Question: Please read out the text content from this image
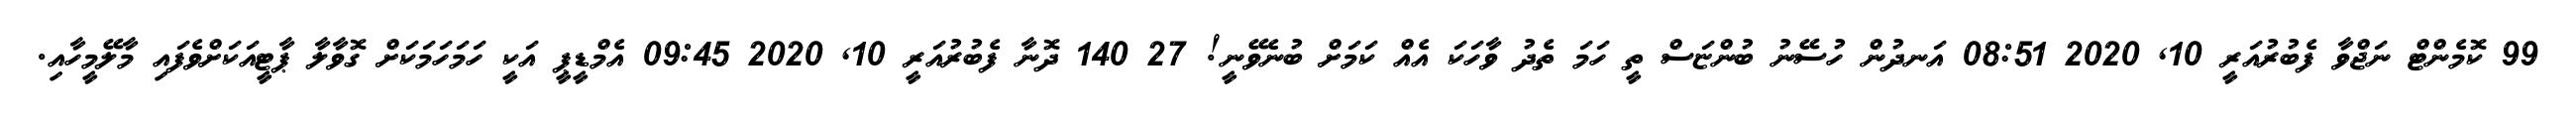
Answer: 99 ކޮމެންޓް ނަޖްވާ ފެބުރުއަރީ 10, 2020 08:51 އަނދުން ހުސޭނު ބުންޏަސް ތީ ހަމަ ތެދު ވާހަކަ އެއް ކަމަށް ބުނެވޭނީ! 27 140 ދޮނާ ފެބުރުއަރީ 10, 2020 09:45 އެމްޑީޕީ އަކީ ހަމަހަމަކަށް ގޮވާލާ ޕާޓީއަކަށްވެފައި މާލޭމީހާއި.